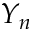
Y _ { n }